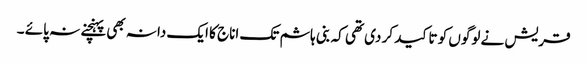
قریش نے لوگوں کو تاکید کر دی تھی کہ بنی ہاشم تک اناج کا ایک دانہ بھی پہنچنے نہ پائے ۔